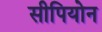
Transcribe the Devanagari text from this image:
सीपियोन